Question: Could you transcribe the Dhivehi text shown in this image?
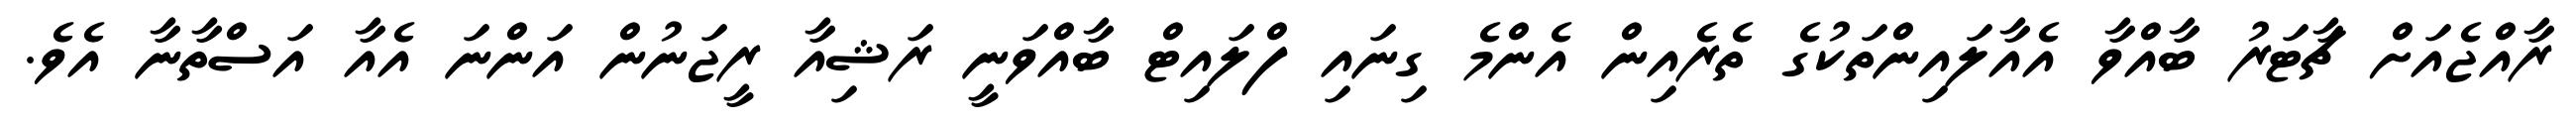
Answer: ރާއްޖެއަށް ޗާޓަރު ބާއްވާ އެއާލައިންތަކުގެ ތެރެއިން އެންމެ ގިނައި ފްލައިޓް ބާއްވަނީ ރަޝިއާ ރީޖަނުން އަންނަ އެއާ އަސްތާނާ އެވެ.